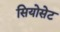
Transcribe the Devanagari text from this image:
सियोसेट